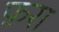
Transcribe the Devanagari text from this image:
फ़रा